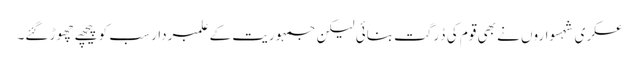
عسکری شہسواروں نے بھی قوم کی دُرگت بنائی لیکن جمہوریت کے علمبردار سب کو پیچھے چھوڑ گئے۔